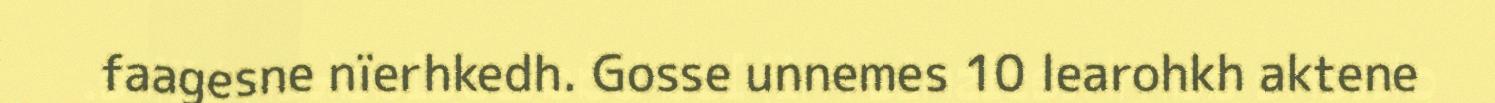
faagesne nïerhkedh. Gosse unnemes 10 learohkh aktene